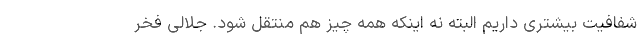
شفافیت بیشتری داریم البته نه اینکه همه چیز هم منتقل شود. جلالی فخر